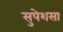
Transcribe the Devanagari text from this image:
सुपेशसा